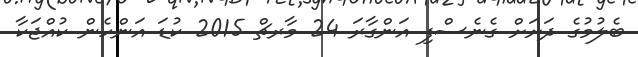
ބެލުމުގެ ދަށަށް ގެނެސްފި އަންގާރަ 24 މާރޗް 2015 ކުޑަ އަންހެން ކުއްޖަކާ